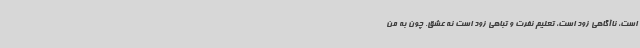
است، ناآگاهی زود است، تعلیم نفرت و تباهی زود است نه عشق. چون به من